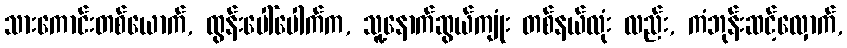
သားကောင်းတစ်ယောက်, ထွန်းပေါ်ပေါက်က, သူ့နောက်ဆွယ်ကျုံး တစ်နယ်လုံး လည်း, ကံဘုန်းဆင့်လှောက်,